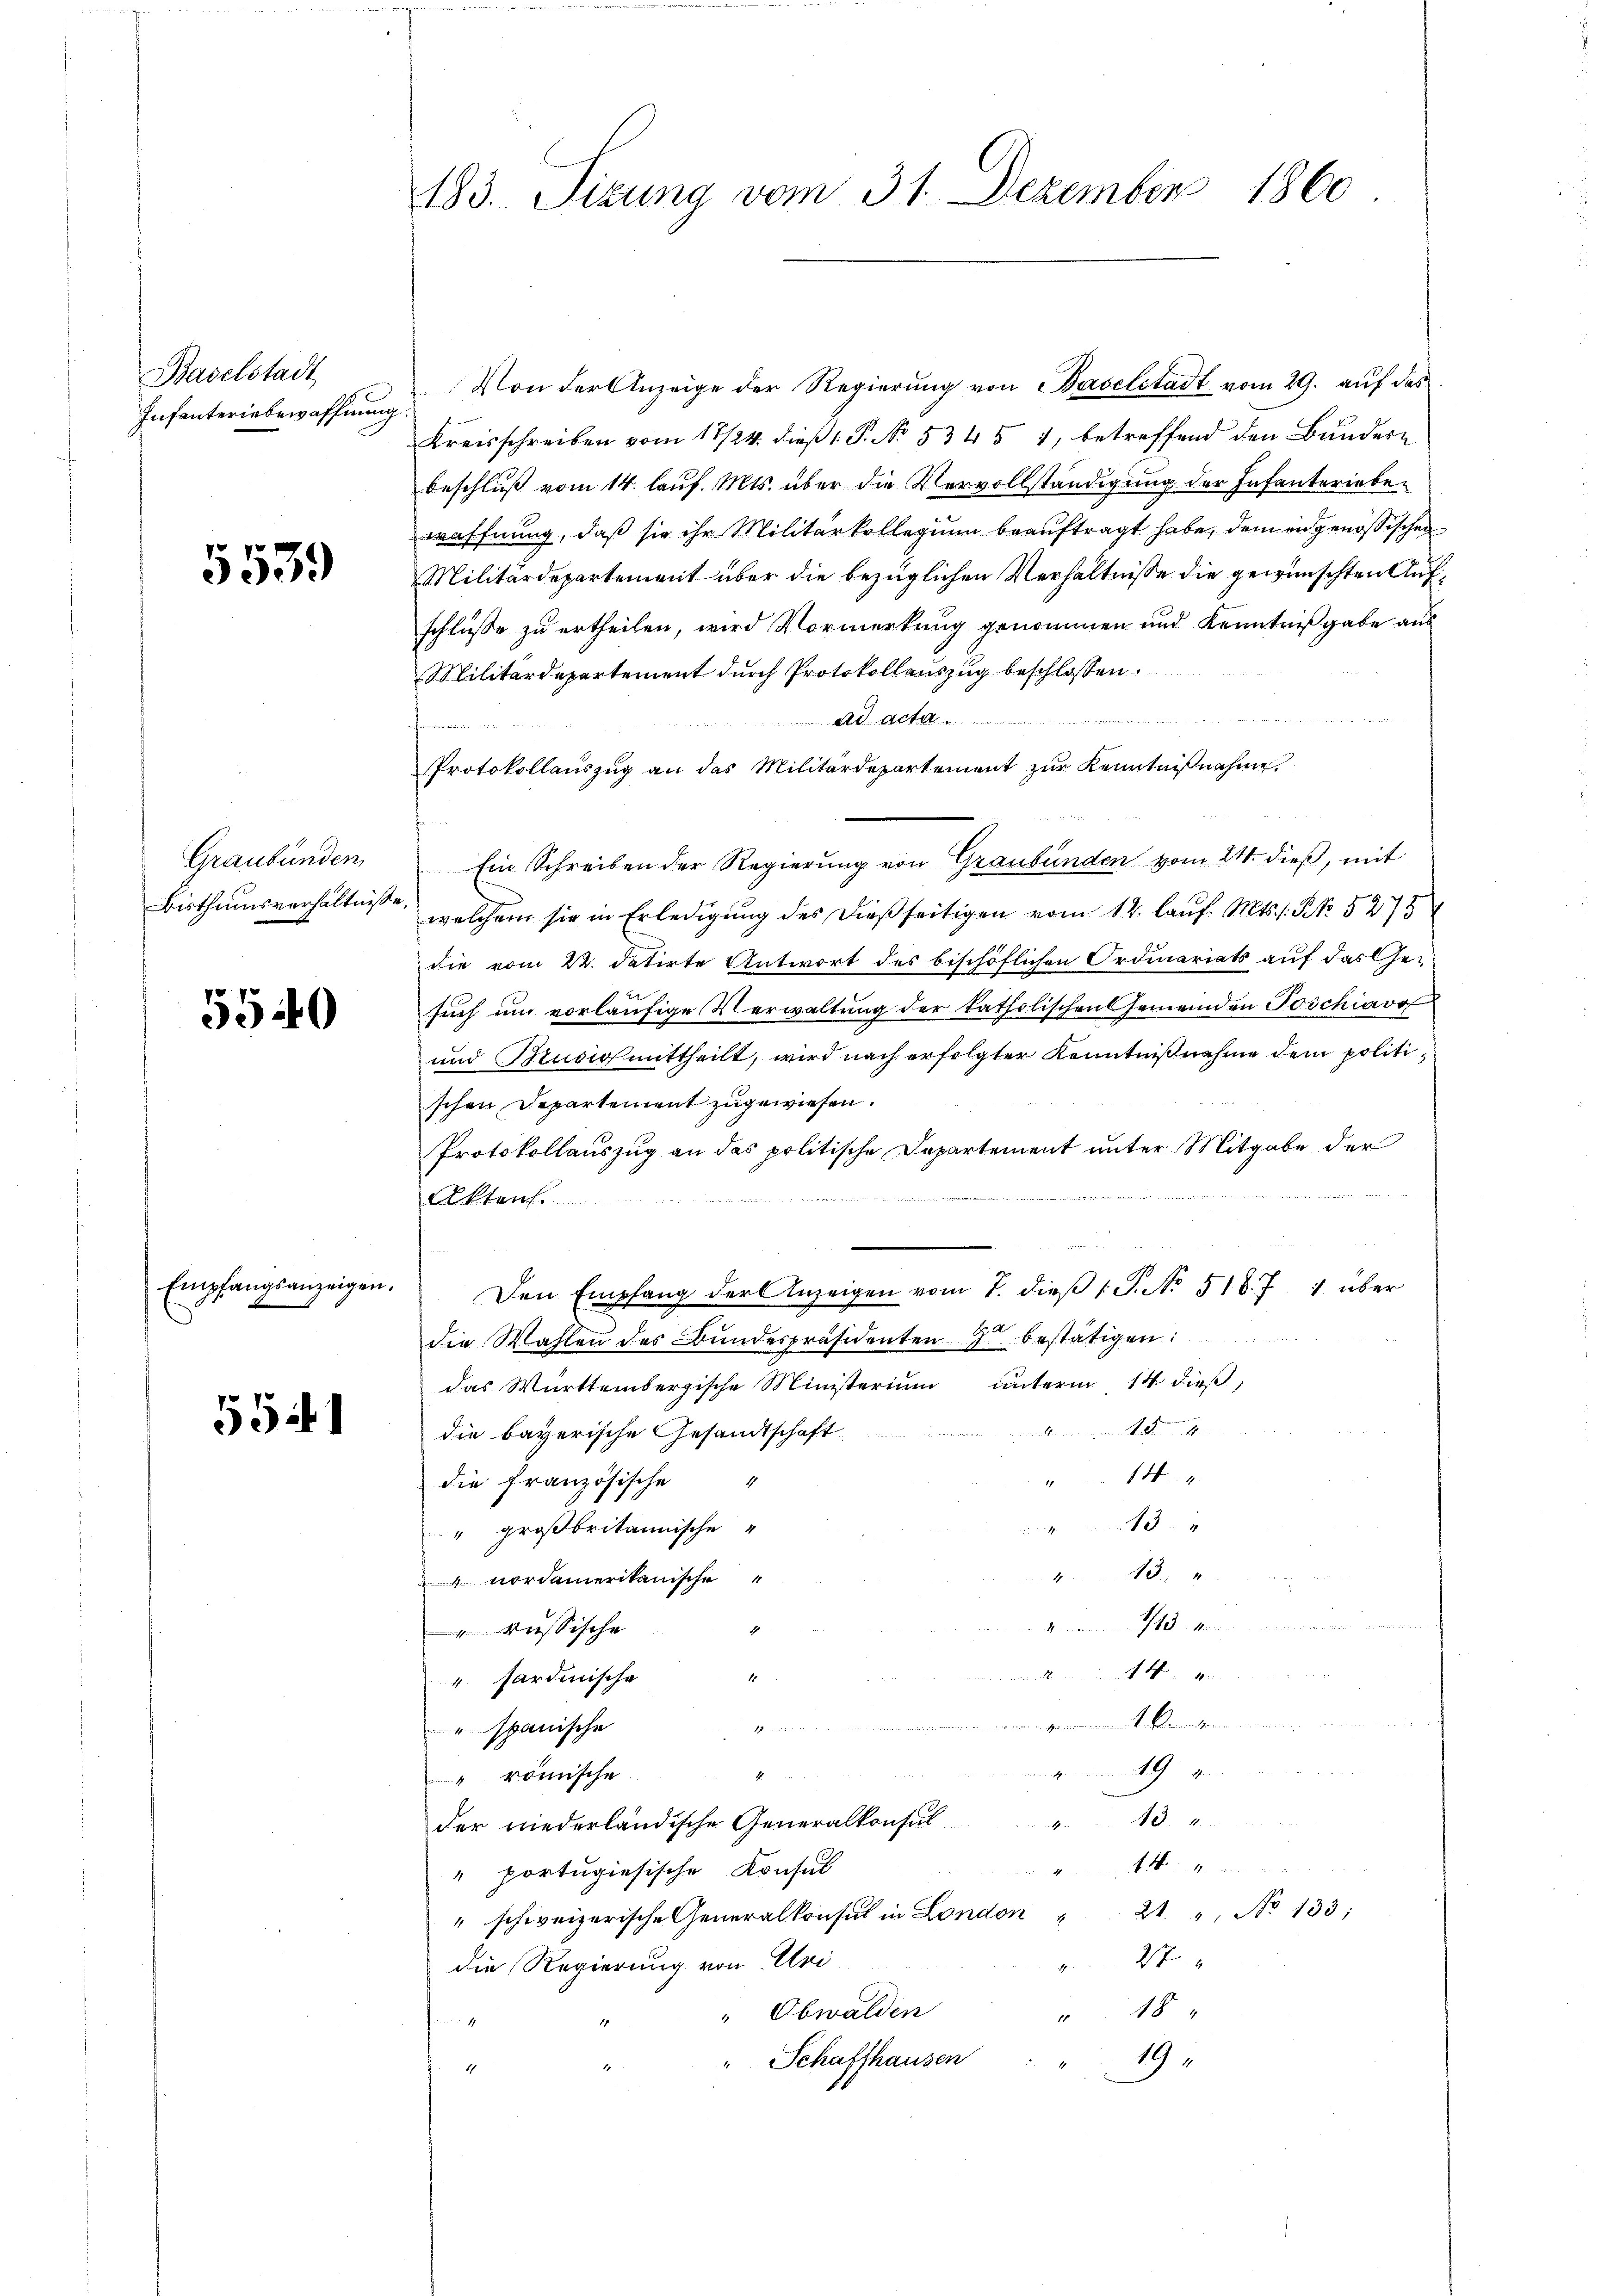
Von der Anzeige der Regierung von Baselstadt vom 29. auf das
Kreisschreiben vom 17/24. dieß: P. No. 53451, betreffend den Bundern
beschluß vom 14. laŭf. Mts. über die Vervollständigung der Infanteriebewaffnung, daß sie ihr Militärkollegium beauftragt habe, dem eidgenössischen
3 Militärdepartement über die bezüglichen Verhältnisse die gewünschten Aufschlüße zu ertheilen, wird Vormerkung genommen und Kenntnißgabe aus
Militärdepartement durch Protokollauszug beschlossen:

ad acta
Protokollauszug an das Militärdepartement zur Kenntnißnahme
Graubünden Ein Schreiben der Regierŭng von Graubünden vom 24. dieß, mit
Bisthumsverhältnisse, welchem sie in Erledigung des dießseitigen vom 12. lauf. Mts. 1. No. 5275
die vom 22. datirte Antwort des bischöflichen Ordinariats auf das Gesuch und vorläufige Verwaltŭng der katholischen Gemeinden Poschiavo
und Brusio mittheilt, wird nach erfolgter Kenntnißnahme dem politischen Departement zugewiesen.
Protokollauszug an das politische Departement unter Mitgabe der
rt
Akten.
Den Empfang der Anzeigen vom 7. dieβ 1 S. No. 518. 7. 1 über
die Wahlen des Bundespräsidenten 7. bestätigen:
das Württembergische Ministerium unterm 14. dieß,
554
walle in meines der unten
die bayerische Gesandtschaft
 N.
die französische
13
" großbritannische
8
 nordamerikanische
............
kussische
14
1
" sardinische
a. Berathung von deren.
spanische
19
richte nimmt. An Herrn
 römische
4
00
der niederländische Generalkonsul
geren sichten un
" portugiesische Konsul
" schweizerische Generalkonsul in London " 2 " No 133;
27
die Regierung von Uri
" Obwalden
 48
 s.
19.
" Schaffhausen
1

Baselstadt
Infanteriebewaffnung.

5540

Empfangsanzeigen.

183. Sizung vom 31. Dezember 1860.